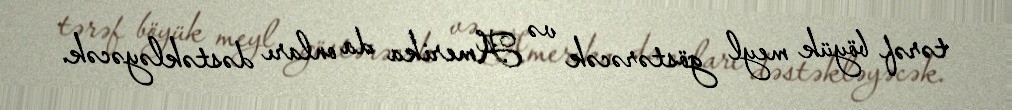
tərəf böyük meyl göstərəcək və Amerika da onları dəstəkləyəcək.